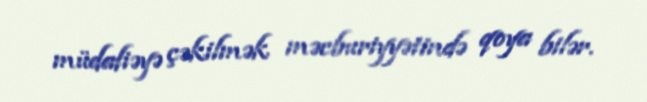
müdafiəyə çəkilmək məcburiyyətində qoya bilər.